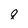
Character: q